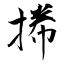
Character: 𢯭